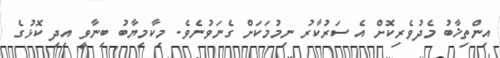
އިންތިޚާބު މެދުވެރިކޮށް އެ ސަރުކާރު ނިމުމަކަށް ގެނަވުނެވެ. މިކާމިޔާބު ބިނާވީ އިދި ކޮޅުގެ